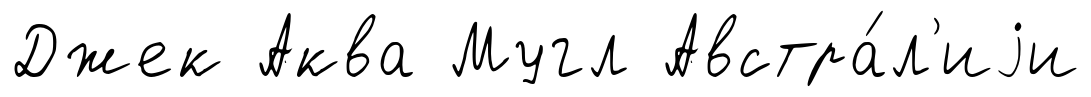
Джек Аква Мугл Австра́л'иjи